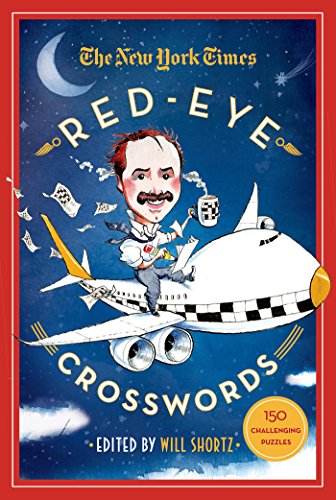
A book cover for The New York Times Red-Eye Crosswords: 150 Challenging Puzzles; The New York Times; Humor & Entertainment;